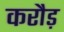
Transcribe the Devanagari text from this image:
करौड़